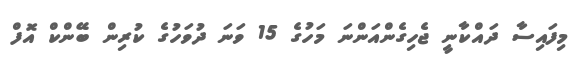
މިފައިސާ ދައްކާނީ ޖެހިގެންއަންނަ މަހުގެ 15 ވަނަ ދުވަހުގެ ކުރިން ބޭންކް އޮފް